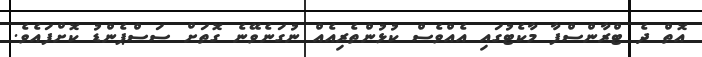
އޮތް ދެ ޓްރާންސްފާ މާކެޓުގައި އެއްވެސް ކުޅުންތެރިއެއް ނުގަނެވޭނެ ގޮތަށް ސަސްޕެންޑު ކޮށްފައެވެ.